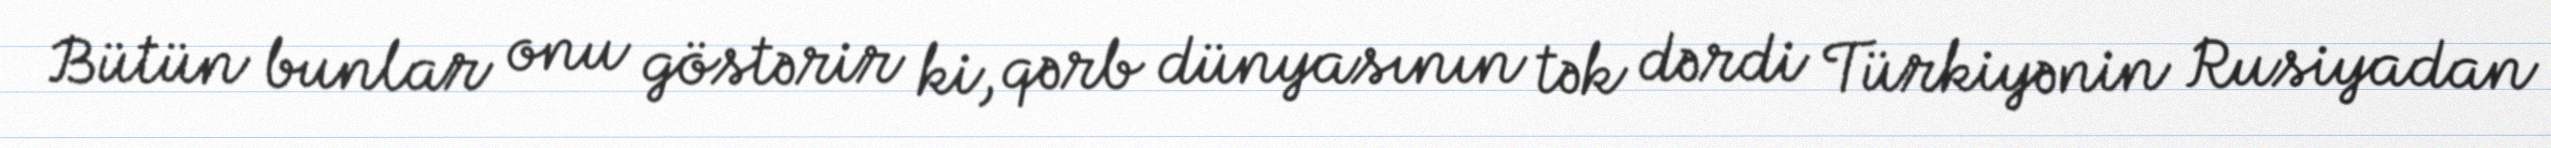
Bütün bunlar onu göstərir ki, qərb dünyasının tək dərdi Türkiyənin Rusiyadan